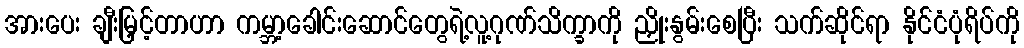
အားပေး ချီးမြှင့်တာဟာ ကမ္ဘာ့ခေါင်းဆောင်တွေရဲ့လူ့ဂုဏ်သိက္ခာကို ညှိုးနွမ်းစေပြီး သက်ဆိုင်ရာ နိုင်ငံပုံရိပ်ကို